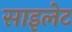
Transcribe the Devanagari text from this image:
साइलेट